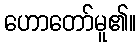
ဟောတော်မူ၏။